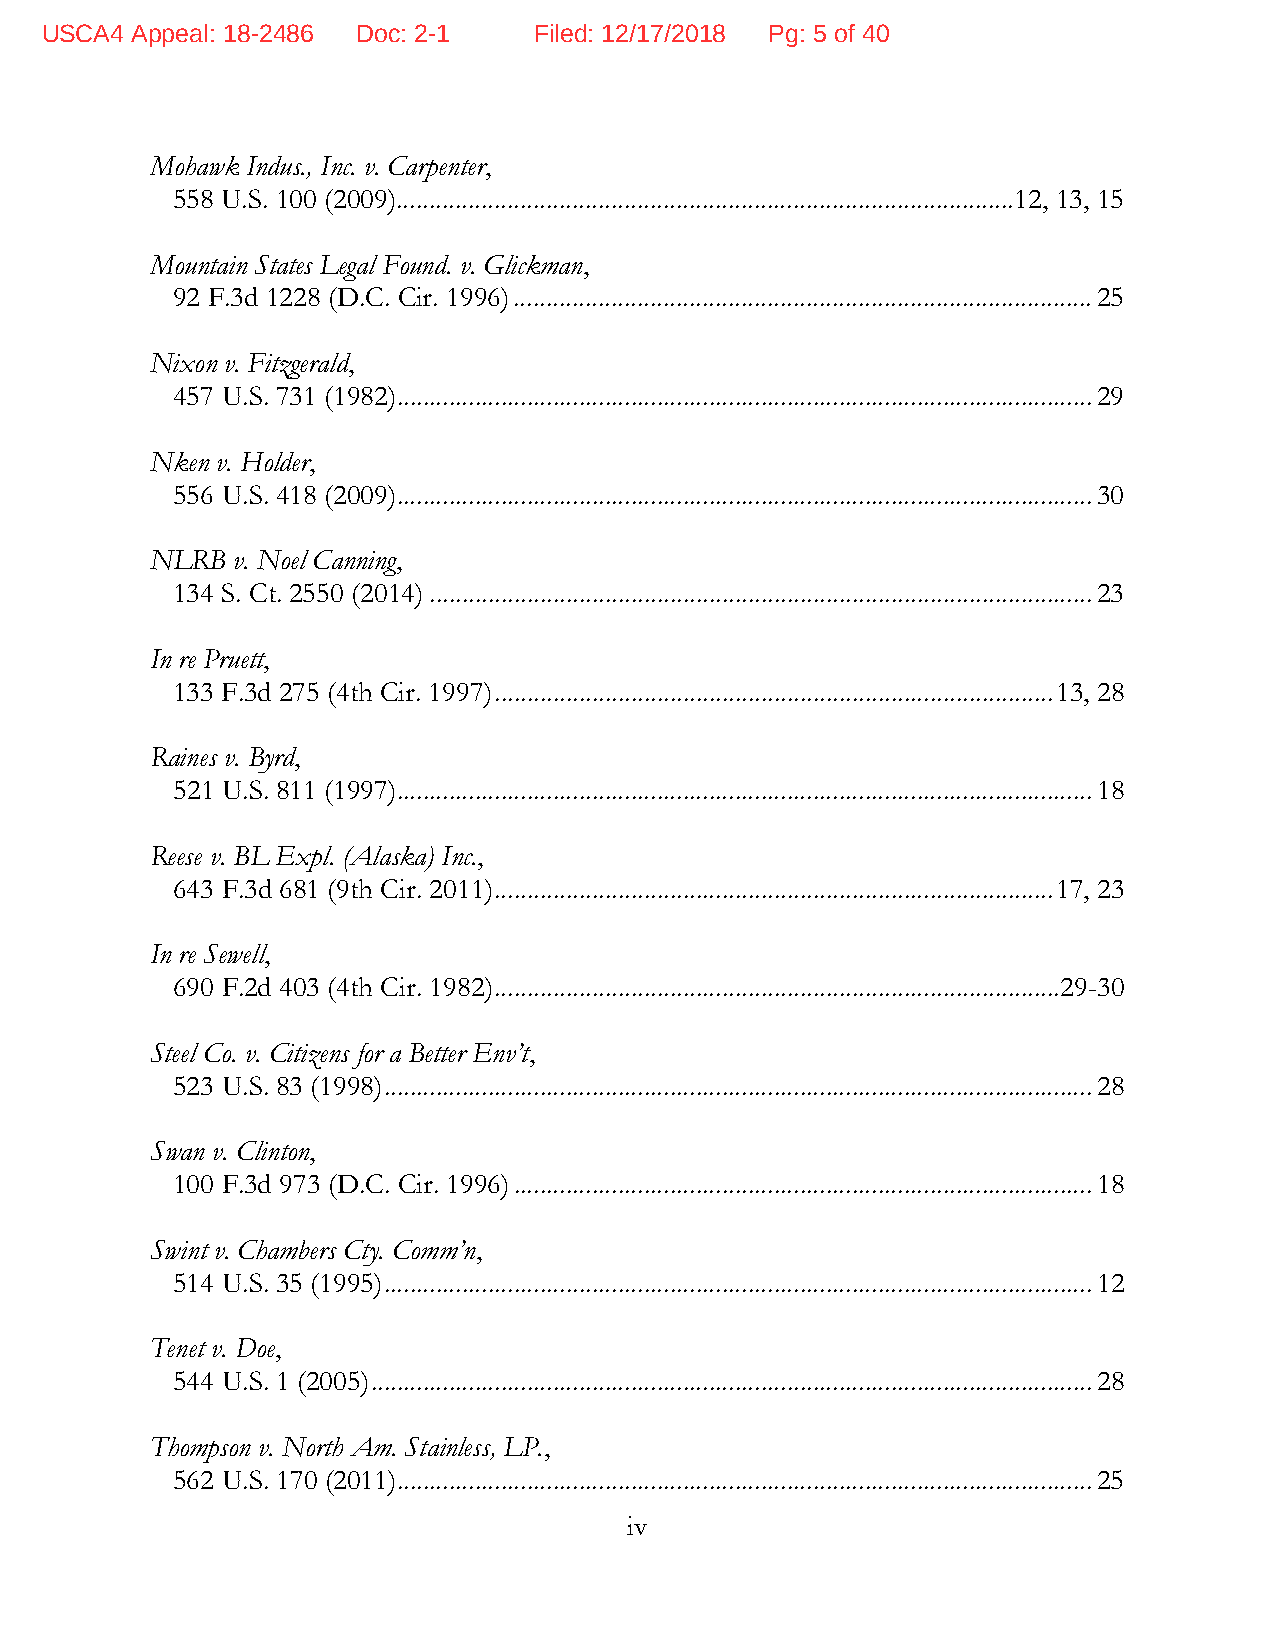
USCA4 Appeal: 18-2486 Doc: 2-1  Filed: 12/17/2018 Pg: 5 of 40
 Mohawk Indus., Inc. v. Carpenter,
 558 U.S. 100 (2009) ............................................................................................... 12, 13, 15
 Mountain States Legal Found. v. Glickman,
 92 F.3d 1228 (D.C. Cir. 1996) ......................................................................................... 25
 Nixon v. Fitzgerald,
 457 U.S. 731 (1982) ........................................................................................................... 29
 Nken v. Holder,
 556 U.S. 418 (2009) ........................................................................................................... 30
 NLRB v. Noel Canning,
 134 S. Ct. 2550 (2014) ...................................................................................................... 23
 In re Pruett,
 133 F.3d 275 (4th Cir. 1997) ...................................................................................... 13, 28
 Raines v. Byrd,
 521 U.S. 811 (1997) ........................................................................................................... 18
 Reese v. BL Expl. (Alaska) Inc.,
 643 F.3d 681 (9th Cir. 2011) ...................................................................................... 17, 23
 In re Sewell,
 690 F.2d 403 (4th Cir. 1982) ....................................................................................... 29-30
 Steel Co. v. Citizens for a Better Env’t,
 523 U.S. 83 (1998) ............................................................................................................. 28
 Swan v. Clinton,
 100 F.3d 973 (D.C. Cir. 1996) ......................................................................................... 18
 Swint v. Chambers Cty. Comm’n,
 514 U.S. 35 (1995) ............................................................................................................. 12
 Tenet v. Doe,
 544 U.S. 1 (2005) ............................................................................................................... 28
 Thompson v. North Am. Stainless, LP.,
 562 U.S. 170 (2011) ........................................................................................................... 25
 iv